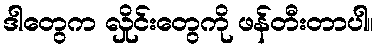
ဒါတွေက လှိုင်းတွေကို ဖန်တီးတာပါ။